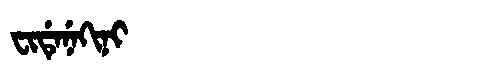
Manchu: ᠸᡳᡩᡝᠨᡝᡴᡳᠨᡳ
Romanization: FIDENEKINI